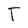
Character: T